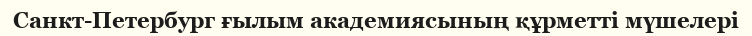
Санкт-Петербург ғылым академиясының құрметті мүшелері